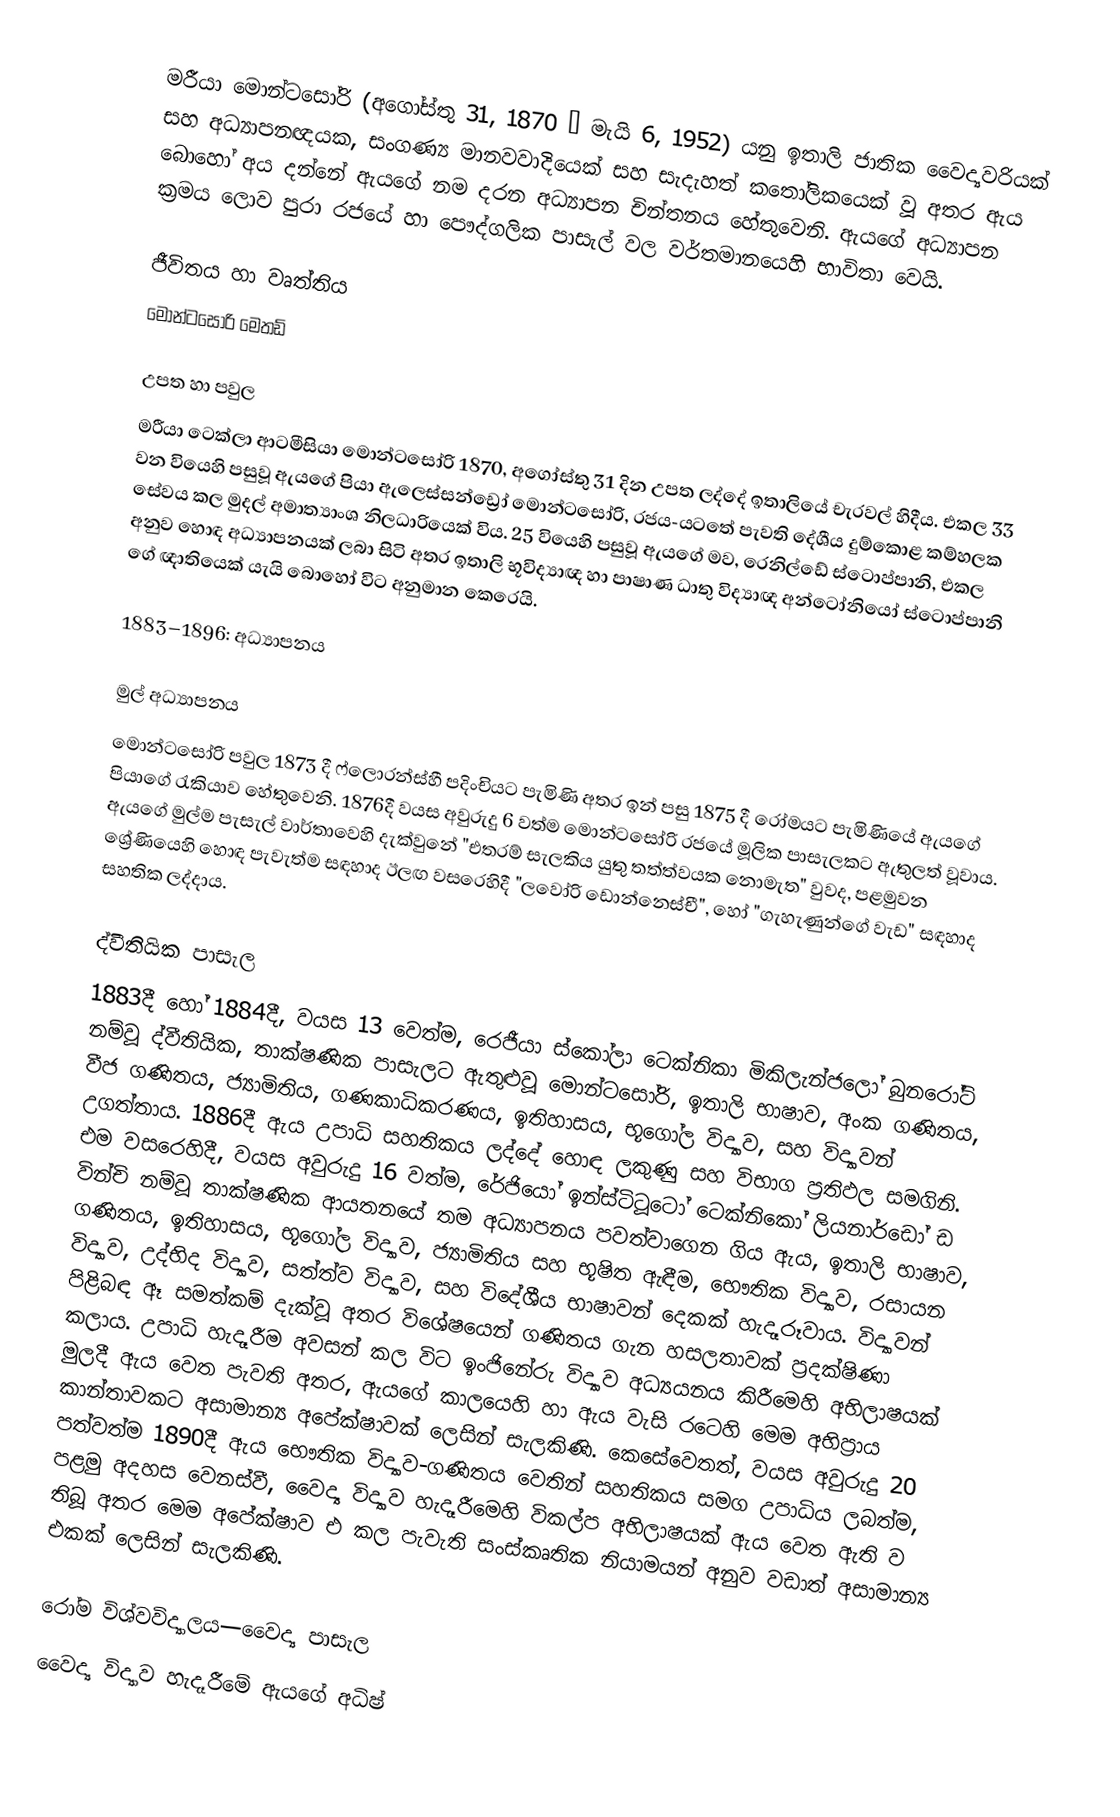
මරීයා මොන්ටසෝරි (අගෝස්තු 31, 1870 – මැයි 6, 1952) යනු ඉතාලි ජාතික වෛද්‍යවරියක් සහ අධ්‍යාපනඥයක, සංගණ්‍ය  මානවවාදියෙක් සහ සැදැහත් කතෝලිකයෙක් වූ අතර ඇය බොහෝ අය දන්නේ ඇයගේ නම දරන අධ්‍යාපන චින්තනය හේතුවෙනි. ඇයගේ අධ්‍යාපන ක්‍රමය ලොව පුරා රජයේ හා පෞද්ගලික පාසැල් වල වර්තමානයෙහි භාවිතා වෙයි.

ජීවිතය හා වෘත්තිය
මොන්ටසෝරි මෙතඩ්

උපත හා පවුල
මරීයා ටෙක්ලා ආටමීසියා මොන්ටසෝරි  1870, අගෝස්තු 31 දින උපත ලද්දේ ඉතාලියේ චැරවල් හිදීය.  එකල 33 වන වියෙහි පසුවූ ඇයගේ පියා ඇලෙස්සන්ඩ්‍රෝ මොන්ටසෝරි, රජය-යටතේ පැවති දේශීය දුම්කොළ කම්හලක  සේවය කල මුදල් අමාත්‍යාංශ නිලධාරියෙක් විය. 25 වියෙහි පසුවූ ඇයගේ මව, රෙනිල්ඩේ ස්ටොප්පානි, එකල අනුව හොඳ අධ්‍යාපනයක් ලබා සිටි අතර ඉතාලි භූවිද්‍යාඥ හා පාෂාණ ධාතු විද්‍යාඥ අන්ටෝනියෝ ස්ටොප්පානි ගේ ඥාතියෙක් යැයි බොහෝ විට අනුමාන කෙරෙයි.

1883–1896: අධ්‍යාපනය

මුල් අධ්‍යාපනය
මොන්ටසෝරි පවුල 1873 දී ෆ්ලොරන්ස්හී පදිංචියට පැමිණි අතර ඉන් පසු 1875 දී  රෝමයට පැමිණියේ ඇයගේ පියාගේ රැකියාව හේතුවෙනි.  1876දී වයස අවුරුදු 6 වත්ම මොන්ටසෝරි රජයේ මූලික පාසැලකට ඇතුලත් වූවාය.  ඇයගේ මුල්ම පැසැල් වාර්තාවෙහි දැක්වුනේ "එතරම් සැලකිය යුතු තත්ත්වයක නොමැත" වුවද, පළමුවන ශ්‍රේණියෙහි හොඳ පැවැත්ම සඳහාද  ඊලඟ වසරෙහිදී "ලවෝරි ඩොන්නෙස්චී", හෝ "ගැහැණුන්ගේ වැඩ" සඳහාද සහතික ලද්දාය.

ද්වීතියික පාසැල
1883දී හෝ 1884දී, වයස 13 වෙත්ම, රෙජීයා ස්කෝලා ටෙක්නිකා මිකිලැන්ජලෝ බුනරෝටි නම්වූ ද්වීතියික, තාක්ෂණික පාසැලට ඇතුළුවූ මොන්ටසෝරි, ඉතාලි භාෂාව, අංක ගණිතය, වීජ ගණිතය, ජ්‍යාමිතිය, ගණකාධිකරණය, ඉතිහාසය, භූගෝල විද්‍යාව, සහ විද්‍යාවන් උගත්තාය. 1886දී ඇය උපාධි සහතිකය ලද්දේ හොඳ ලකුණු සහ විභාග ප්‍රතිඵල සමගිනි.  එම වසරෙහිදී, වයස අවුරුදු 16 වත්ම, රේජියෝ ඉන්ස්ටිටූටෝ ටෙක්නිකෝ ලියනාර්ඩෝ ඩ වින්චි නම්වූ තාක්ෂණික ආයතනයේ තම අධ්‍යාපනය පවත්වාගෙන ගිය ඇය, ඉතාලි භාෂාව, ගණිතය, ඉතිහාසය, භූගෝල විද්‍යාව, ජ්‍යාමිතිය සහ භූෂිත ඇඳීම, භෞතික විද්‍යාව, රසායන විද්‍යාව, උද්භිද විද්‍යාව, සත්ත්ව විද්‍යාව, සහ විදේශීය භාෂාවන් දෙකක් හැදෑරූවාය.  විද්‍යාවන් පිළිබඳ ඈ සමත්කම් දැක්වූ අතර විශේෂයෙන් ගණිතය ගැන හසලතාවක් ප්‍රදක්ෂිණා කලාය.  උපාධි හැදෑරීම අවසන් කල විට ඉංජිනේරු විද්‍යාව අධ්‍යයනය කිරීමෙහි අභිලාෂයක් මුලදී ඇය වෙත පැවති අතර, ඇයගේ කාලයෙහි හා ඇය වැසි රටෙහි මෙම අභිප්‍රාය කාන්තාවකට අසාමාන්‍ය අපේක්ෂාවක්  ලෙසින් සැලකිණි. කෙසේවෙතත්, වයස අවුරුදු 20 පත්වත්ම 1890දී ඇය භෞතික විද්‍යාව-ගණිතය වෙතින් සහතිකය සමග උපාධිය ලබත්ම, පළමු අදහස වෙනස්වී, වෛද්‍ය විද්‍යාව හැදෑරීමෙහි විකල්ප අභිලාෂයක් ඇය වෙත ඇති ව තිබූ අතර මෙම අපේක්ෂාව එ කල පැවැති සංස්කෘතික නියාමයන් අනුව වඩාත් අසාමාන්‍ය එකක් ලෙසින් සැලකිණි.

රෝම විශ්වවිද්‍යාලය—වෛද්‍ය පාසැල
වෛද්‍ය විද්‍යාව හැදෑරීමේ ඇයගේ අධිෂ්